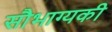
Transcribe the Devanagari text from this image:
सौभाग्यकी